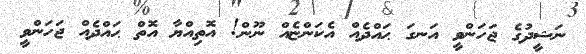
ނަޝީދުގެ ޖަހަންވީ އަނގަ ޙައްދެއް އެކަންޏެއް ނޫން! އޮތިއްޔާ އޮތް ޙައްދެއް ޖަހަންވީ